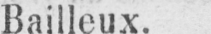
Bailleux.